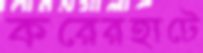
করেরহাটে